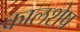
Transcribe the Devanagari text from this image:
कालशेष